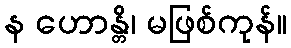
န ဟောန္တိ၊ မဖြစ်ကုန်။